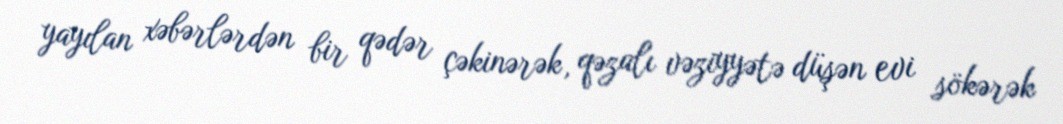
yayılan xəbərlərdən bir qədər çəkinərək, qəzalı vəziyyətə düşən evi sökərək